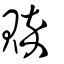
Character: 賥